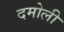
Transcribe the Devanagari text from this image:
दमोली